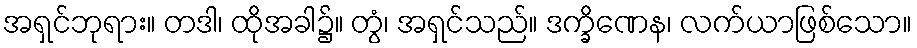
အရှင်ဘုရား။ တဒါ၊ ထိုအခါ၌။ တွံ၊ အရှင်သည်။ ဒက္ခိဏေန၊ လက်ယာဖြစ်သော။